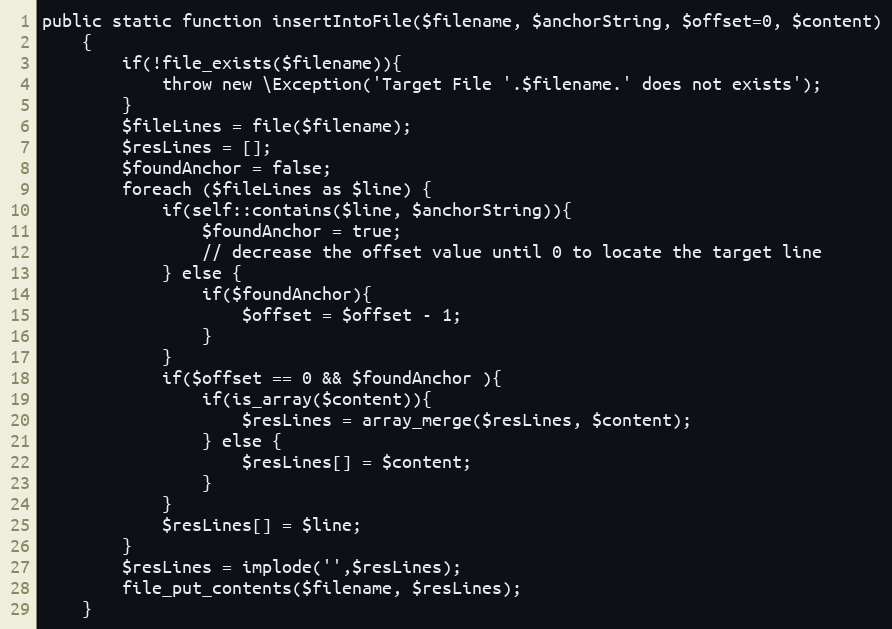
Language: PHP
public static function insertIntoFile($filename, $anchorString, $offset=0, $content)
    {
        if(!file_exists($filename)){
            throw new \Exception('Target File '.$filename.' does not exists');
        }
        $fileLines = file($filename);
        $resLines = [];
        $foundAnchor = false;
        foreach ($fileLines as $line) {
            if(self::contains($line, $anchorString)){
                $foundAnchor = true;
                // decrease the offset value until 0 to locate the target line
            } else {
                if($foundAnchor){
                    $offset = $offset - 1;
                }
            }
            if($offset == 0 && $foundAnchor ){
                if(is_array($content)){
                    $resLines = array_merge($resLines, $content);
                } else {
                    $resLines[] = $content;
                }
            }
            $resLines[] = $line;
        }
        $resLines = implode('',$resLines);
        file_put_contents($filename, $resLines);
    }